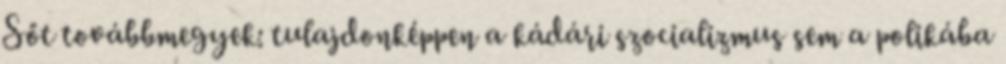
Sőt továbbmegyek: tulajdonképpen a kádári szocializmus sem a polikába